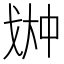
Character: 𫻳